Annual report of the Punjab Veterinary College and of the Civil Veterinary Department, Punjab - 1926-1932
Year: 1926
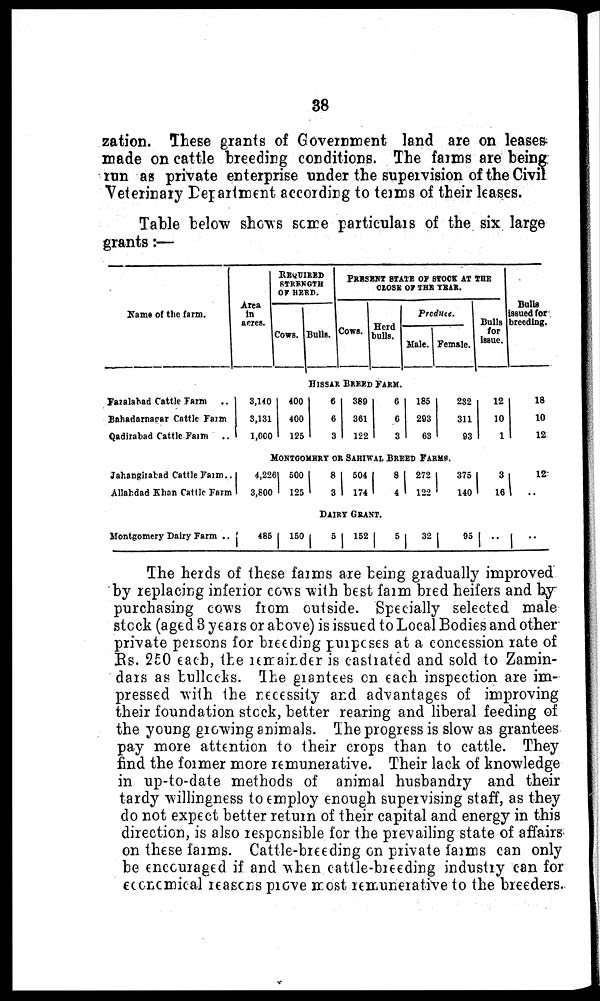
38
zation. These grants of Government land are on leases
made on cattle breeding conditions. The farms are being
run as private enterprise under the supervision of the Civil
Veterinary Department according to terms of their leases.
Table below shows some particulars of the six large
grants:—
Name of the farm.
Area
in
acres.
REQUIRED
STRENGTH
OF HERD.
Cows. Bulls.
PRESENT STATE OF STOCK AT THE
CLOSE OF THE YEAR.
Cows. Herd
bulls.
Produce.
Male. Female.
Bulls
for
issue.
Bulls
issued for
breeding.
HISSAR BREED FARM.
Fazalabad Cattle Farm ..
Bahadarnagar Cattle Farm
Qadirabad Cattle Farm ..
3,140 |
3,131
1,000
400
400
125
6
6
3
389
361
122
6
6
3
185
293
63
232
311
93
12
10
1
18
10
12
MONTGOMERY OR SAHIWAL BREED FARMS.
Jahangirabad Cattle Farm ..
Allahdad Khan Cattle Form
4,226
3,800
500
125
8
3
504
174
8
4
272
122
375
140
3
16
12
..
DAIRY GRANT.
Montgomery Dairy Farm ..
485
150
5 152
5 32
95
..
..
The herds of these farms are being gradually improved
by replacing inferior cows with best farm bred heifers and by
purchasing cows from outside. Specially selected male
stock (aged 3 years or above) is issued to Local Bodies and other
private persons for breeding purposes at a concession rate of
Rs. 250 each, the remainder is castrated and sold to Zamin-
dars as bullocks. The grantees on each inspection are im-
pressed with the necessity and advantages of improving
their foundation stock, better rearing and liberal feeding of
the young growing animals. The progress is slow as grantees
pay more attention to their crops than to cattle. They
find the former more remunerative. Their lack of knowledge
in up-to-date methods of animal husbandry and their
tardy willingness to employ enough supervising staff, as they
do not expect better return of their capital and energy in this
direction, is also responsible for the prevailing state of affairs
on these farms. Cattle-breeding on private farms can only
be encouraged if and when cattle-breeding industry can for
economical reasons prove most remunerative to the breeders.